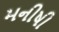
મનીષી